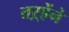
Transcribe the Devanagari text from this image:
तऱ्हेंने